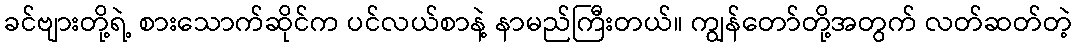
ခင်ဗျားတို့ရဲ့ စားသောက်ဆိုင်က ပင်လယ်စာနဲ့ နာမည်ကြီးတယ်။ ကျွန်တော်တို့အတွက် လတ်ဆတ်တဲ့